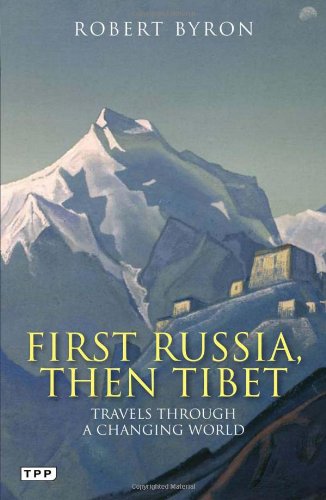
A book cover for First Russia, Then Tibet: Travels through a Changing World; Robert Byron; Travel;